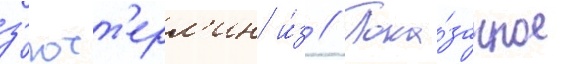
з'ютт'ерл'ин и́з // Пока́занное